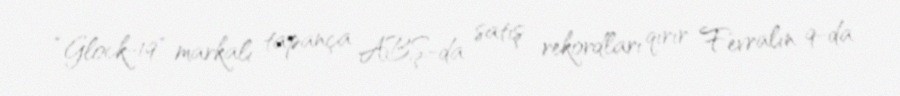
“Glock-19" markalı tapança ABŞ-da satış rekordları qırır Fevralın 9-da